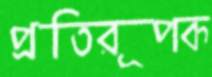
প্রতিরূপক